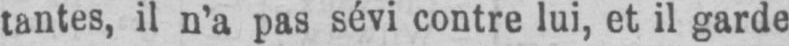
tantes, il n’a pas sévi contre lui, et il garde